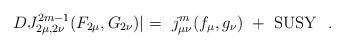
LaTeX: \begin{align*}DJ_{2\mu , 2 \nu}^{2m-1} (F_{2\mu} , G_{2\nu} ) \! \! \mid\ = \ j_{\mu \nu}^m (f_{\mu} , g_{\nu} )\ + \ {\rm SUSY}\ \ .\end{align*}